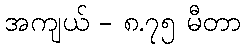
အကျယ် - ၈.၇၅ မီတာ